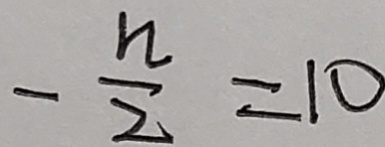
- \frac { n } { 2 } = 1 0